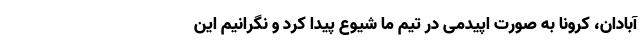
آبادان، کرونا به صورت اپیدمی در تیم ما شیوع پیدا کرد و نگرانیم این